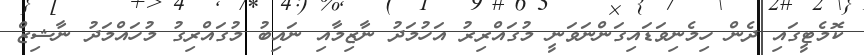
ކޮމެޓީގައި ދެން ހިމެނިވަޑައިގަންނަވަނީ މުގައްރިރު އަހުމަދު ނާޒިމާއި ނައިބު މުގައްރިގު މުހައްމަދު ނާޝިޒް